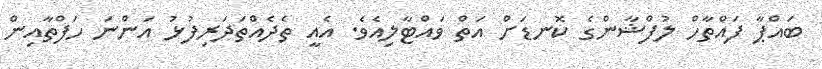
ބައްޕާ ފައްތާހް ލުފްޝާންގެ ކޮނޑަށް އަތް ވައްޓާލިއެވެ. އެއީ ތެދެއްތަދަރިފުޅު އަންނަ ހަފްތާއިން